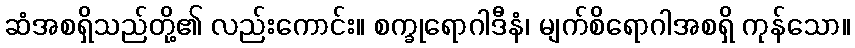
ဆံအစရှိသည်တို့၏ လည်းကောင်း။ စက္ခုရောဂါဒီနံ၊ မျက်စိရောဂါအစရှိ ကုန်သော။